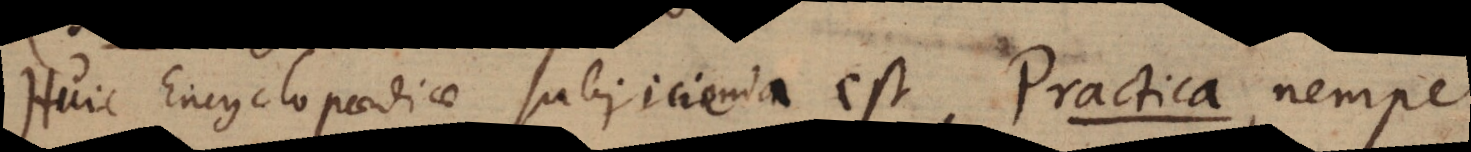
Huic Encyclopaediae subjicienda est, Practica, nempe